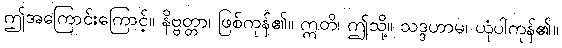
ဤအကြောင်းကြောင့်။ နိဗ္ဗတ္တာ၊ ဖြစ်ကုန်၏။ ဣတိ၊ ဤသို့။ သဒ္ဒဟာမ၊ ယုံပါကုန်၏။